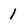
Character: I